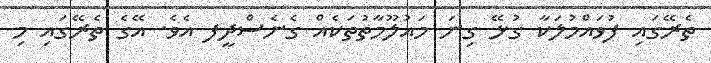
ތެރޭގައި ފުވައްމުލަކާ ގުޅޭ ގިނަ މައުލޫމާތުތަކެއް ގެނެސްދީފ އެވެ. އޭގެ ތެރޭގައި މި